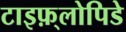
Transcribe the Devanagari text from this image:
टाइफ़्लोपिडे